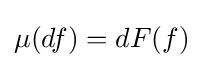
\mu (df)=dF(f)